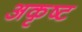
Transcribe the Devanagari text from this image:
अकृष्ट